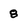
Character: 8